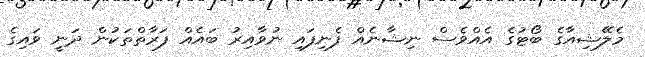
މެލޭޝިއާގެ ބޯޓުގެ އެއްވެސް ނިޝާނެއް ފެނިފައި ނުވާއިރު ބައެއް ފަރާތްތަކުން ދަނީ ވައިގެ